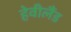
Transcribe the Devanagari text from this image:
हेवीलैंड